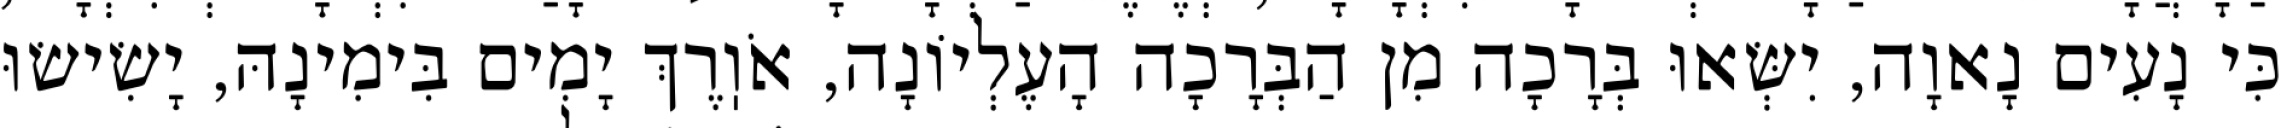
כִּי נָעִים נָאוָה, יִשְּׂאוּ בְּרָכָה מִן הַבְּרָכָה הָעֶלְיוֹנָה, אֹוֽרֶךְ יָמִים בִּימִינָהּ, יָשִׂישׂוּ